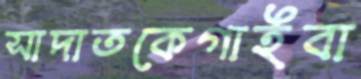
সাদাতকেগাইবা